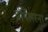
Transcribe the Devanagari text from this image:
प्रॉपेलरना